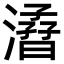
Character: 㵫